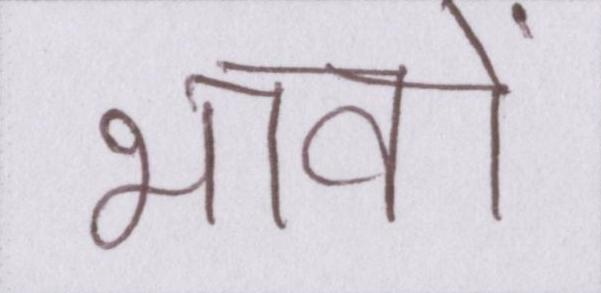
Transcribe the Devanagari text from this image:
भावों